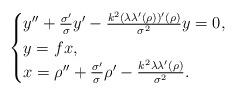
LaTeX: \begin{align*}\begin{cases}y''+\frac{\sigma'}{\sigma}y'-\frac{k^2(\lambda\lambda'(\rho))'(\rho)}{\sigma^2}y=0,\\y=f x,\\x=\rho''+\frac{\sigma'}{\sigma}\rho'-\frac{k^2\lambda\lambda'(\rho)}{\sigma^2}.\end{cases}\end{align*}